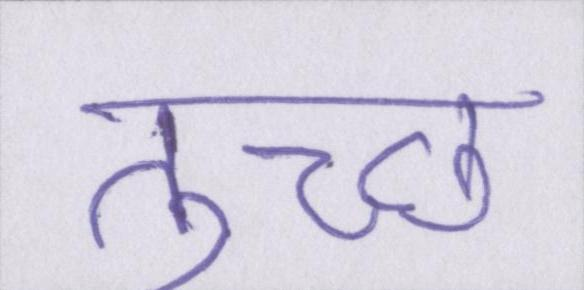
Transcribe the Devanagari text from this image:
तुच्छ